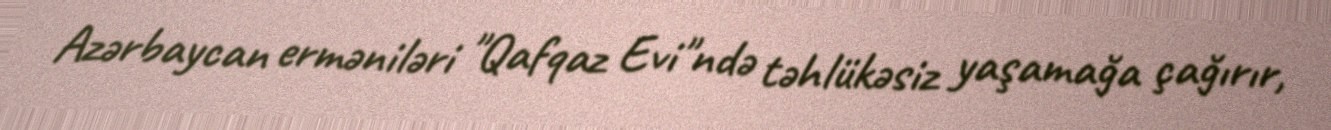
Azərbaycan erməniləri "Qafqaz Evi"ndə təhlükəsiz yaşamağa çağırır,